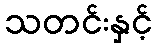
သတင်းနှင့်